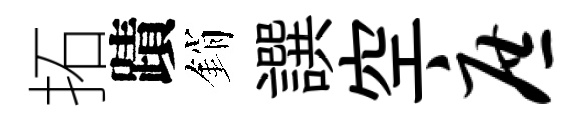
拓蹟銷譔空庶